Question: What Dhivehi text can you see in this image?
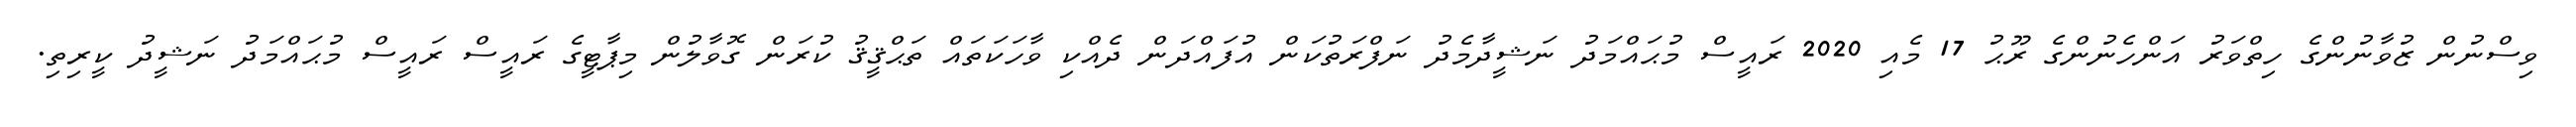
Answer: ވިސްނުން ޒުވާނުންގެ ހިތްވަރު އަންހެނުންގެ ރޫޙު 17 މެއި 2020 ރައީސް މުޙައްމަދު ނަޝީދާމެދު ނަފްރަތުކަން އުފައްދަން ދެއްކި ވާހަކަތައް ތަޙްޤީޤު ކުރަން ގޮވާލުން މިޕާޓީގެ ރައީސް ރައީސް މުޙައްމަދު ނަޝީދު ކީރިތި.